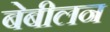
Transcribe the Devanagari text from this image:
बेबीलन